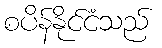
စပိန်နိုင်ငံသည်